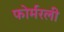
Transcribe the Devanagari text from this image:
फोर्मरली